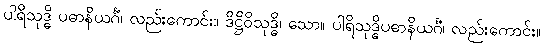
ပါရိသုဒ္ဓိ ပဓာနိယင်္ဂံ၊ လည်းကောင်း။ ဒိဋ္ဌိဝိသုဒ္ဓိ၊ သော။ ပါရိသုဒ္ဓိပဓာနိယင်္ဂံ၊ လည်းကောင်း။